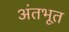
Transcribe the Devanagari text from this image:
अंतभूत